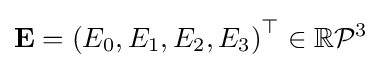
\mathbf {E} =\left(E_{0},E_{1},E_{2},E_{3}\right)^{\top }\in \mathbb {R} {\mathcal {P}}^{3}